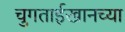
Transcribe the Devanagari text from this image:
चुगताईखानच्या